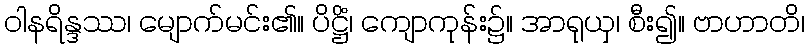
ဝါနရိန္ဒဿ၊ မျောက်မင်း၏။ ပိဋ္ဌိံ၊ ကျောကုန်း၌။ အာရုယှ၊ စီး၍။ ဗာဟာတိ၊